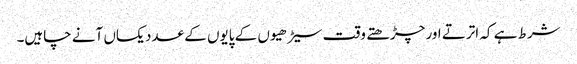
شرط ہے کہ اترتے اور چڑھتے وقت سیڑھیوں کے پایوں کے عدد یکساں آنے چاہیں۔